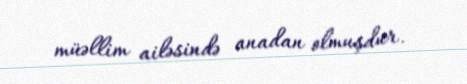
müəllim ailəsində anadan olmuşdur.